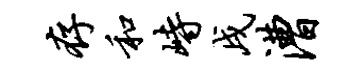
存和峙戌漕